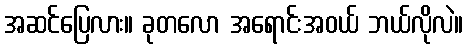
အဆင်ပြေလား။ ခုတလော အရောင်းအဝယ် ဘယ်လိုလဲ။